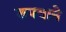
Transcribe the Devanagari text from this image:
रुपयाने